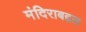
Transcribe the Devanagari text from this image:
मंदिराबद्दल